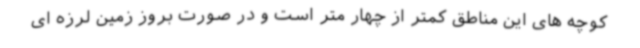
کوچه های این مناطق کمتر از چهار متر است و در صورت بروز زمین لرزه ای